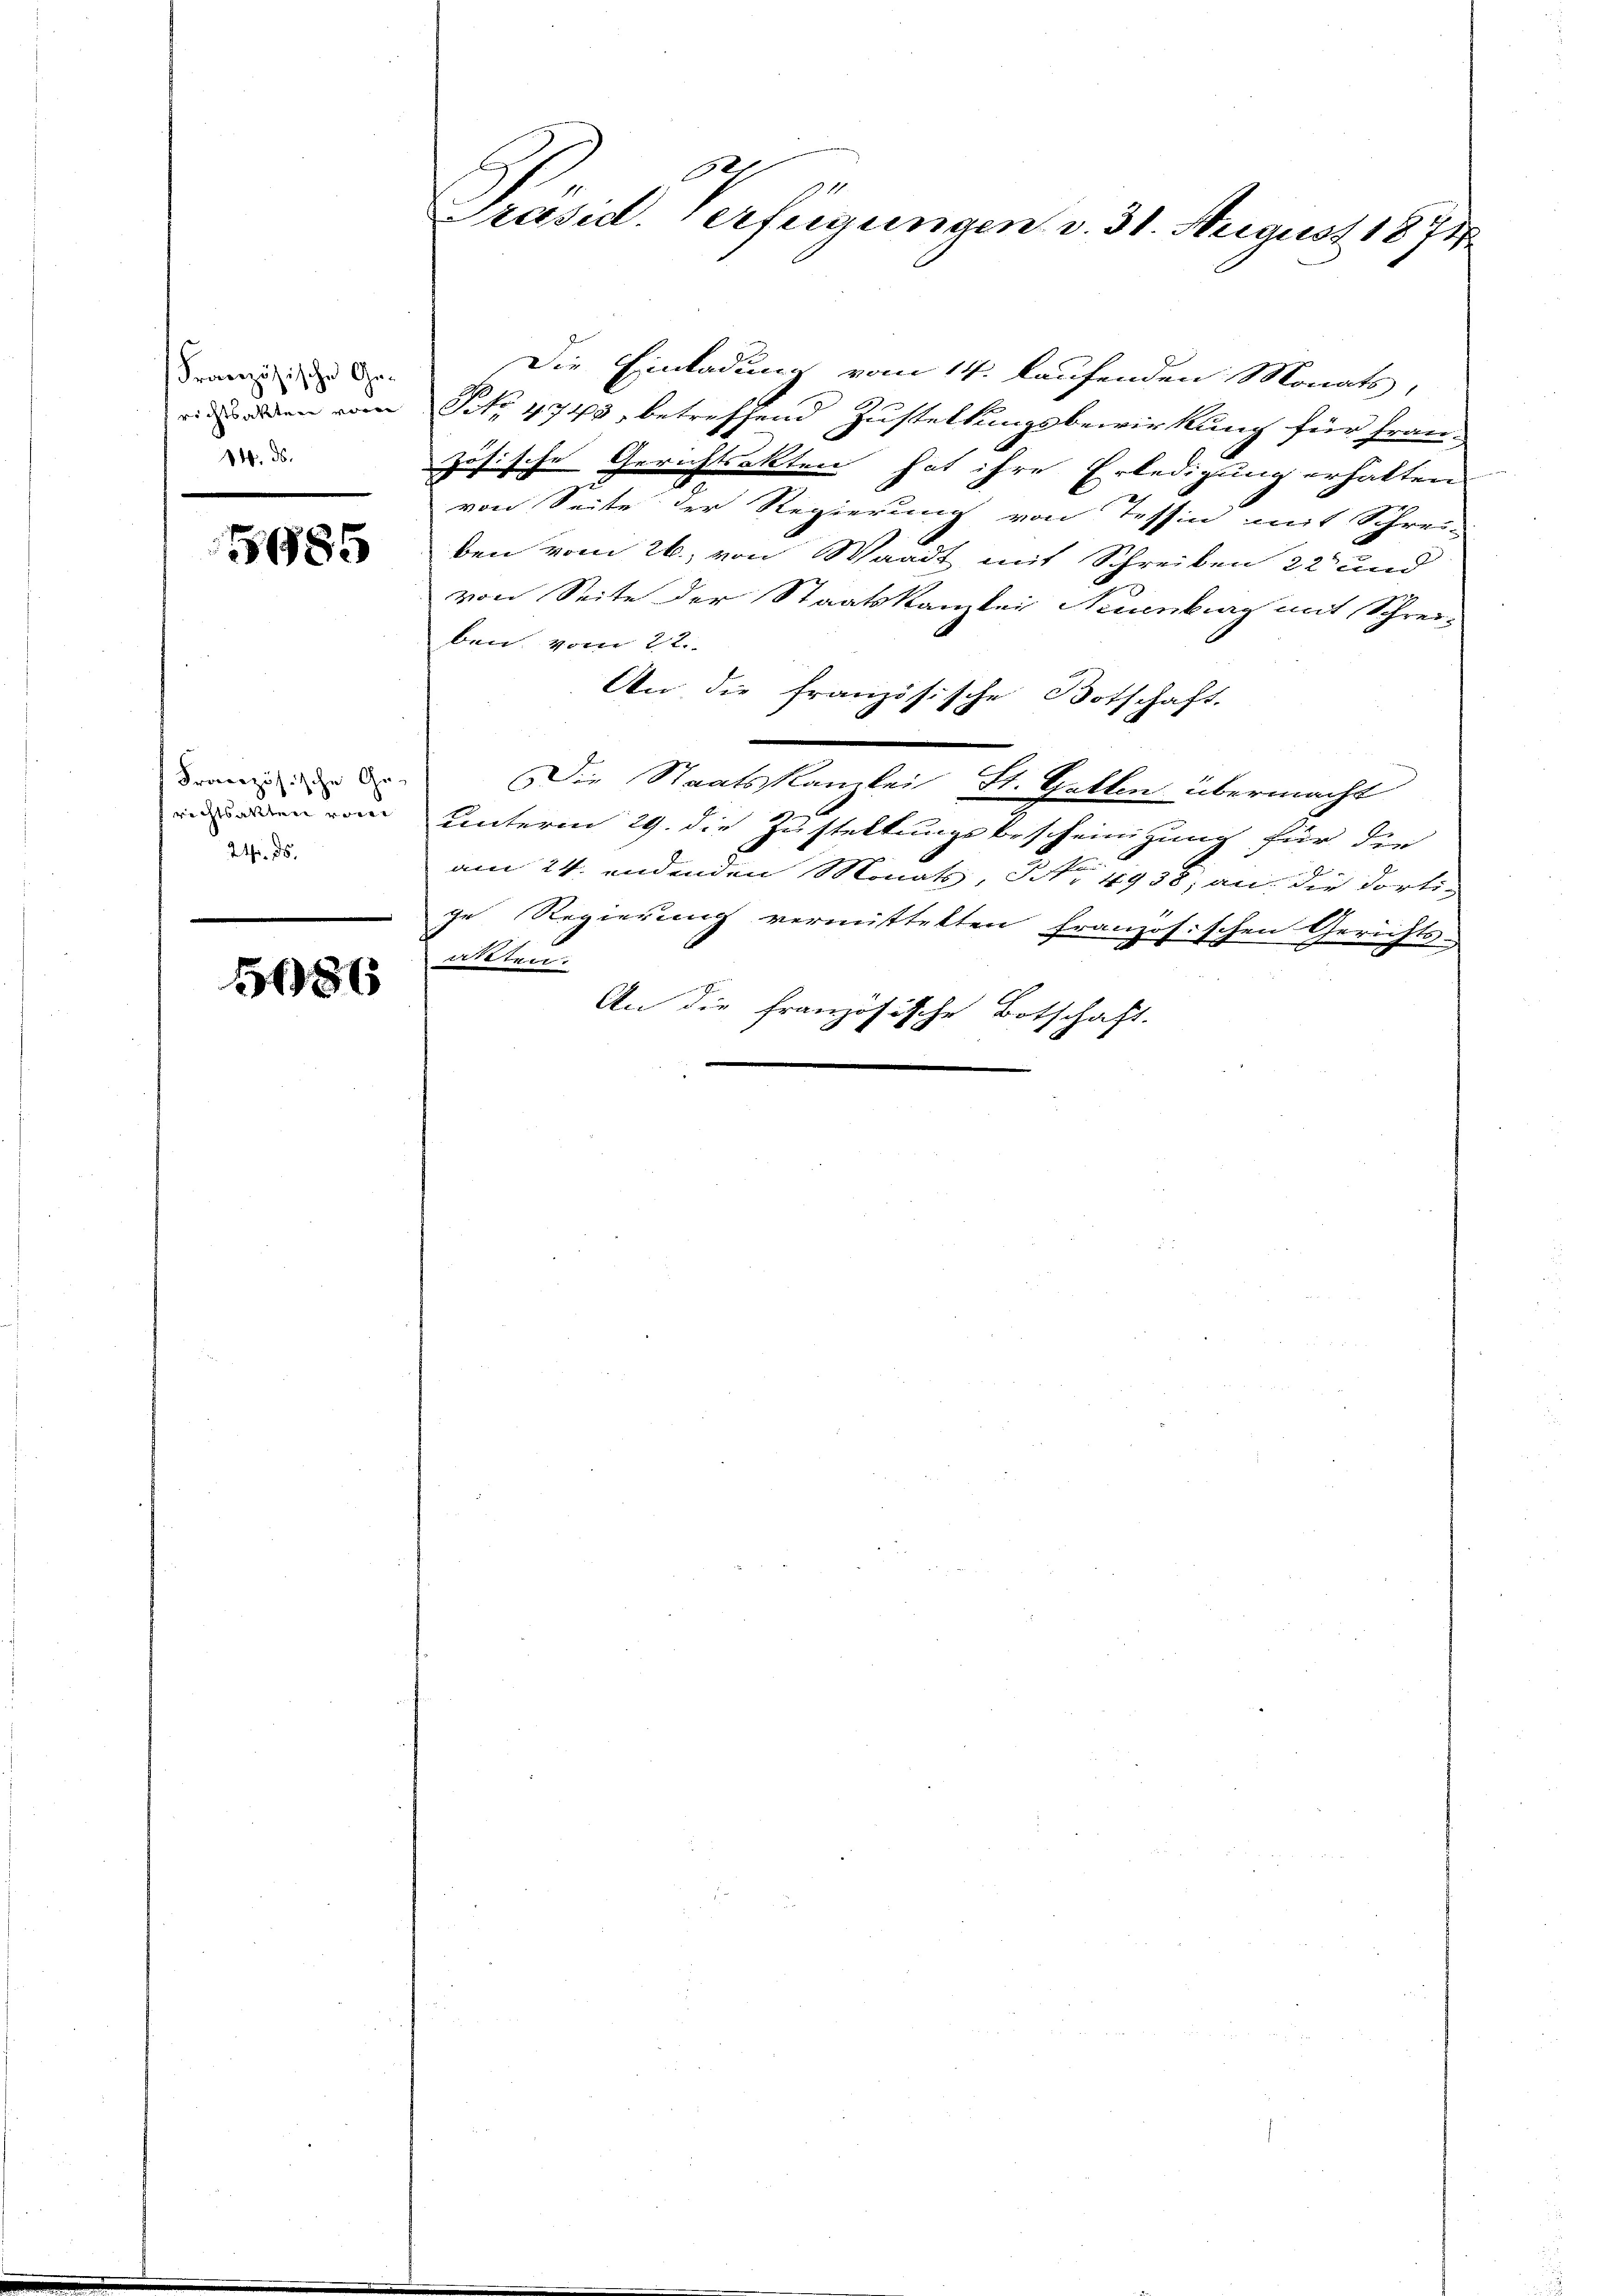
Französische Gerichtsakten vor
14. ds.

5685

Französische Gerichtsalten von
Wirs

5686

1
Präsid. Verfügungen v. 31. August 1874

Die Einladung vom 14. laufenden Monats,
NNo. 4743, betreffend Zustellungsbewirkung für Fran-
zösische Gerichtsakten hat ihre Erledigung erhalten
von Seite der Regierung von Tessin mit Schrei-
ben vom 26. von Waadt mit Schreiben 22 und
von Seite der Staatskanzlei Neuenburg mit Schreiben, vom 22.
An die französische Botschaft.
Die Staatskanzlei St. Gallen übermacht
unterm 29. die Zustellungsbescheinigung für die
am 24. endenden Monats, Nr. 4938; an die dortige Regierung vermittetten französischen Gerichts-
atten.
An die französische Botschaft.